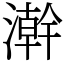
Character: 澣